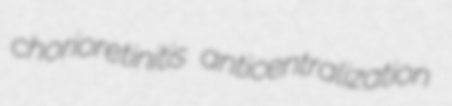
chorioretinitis anticentralization